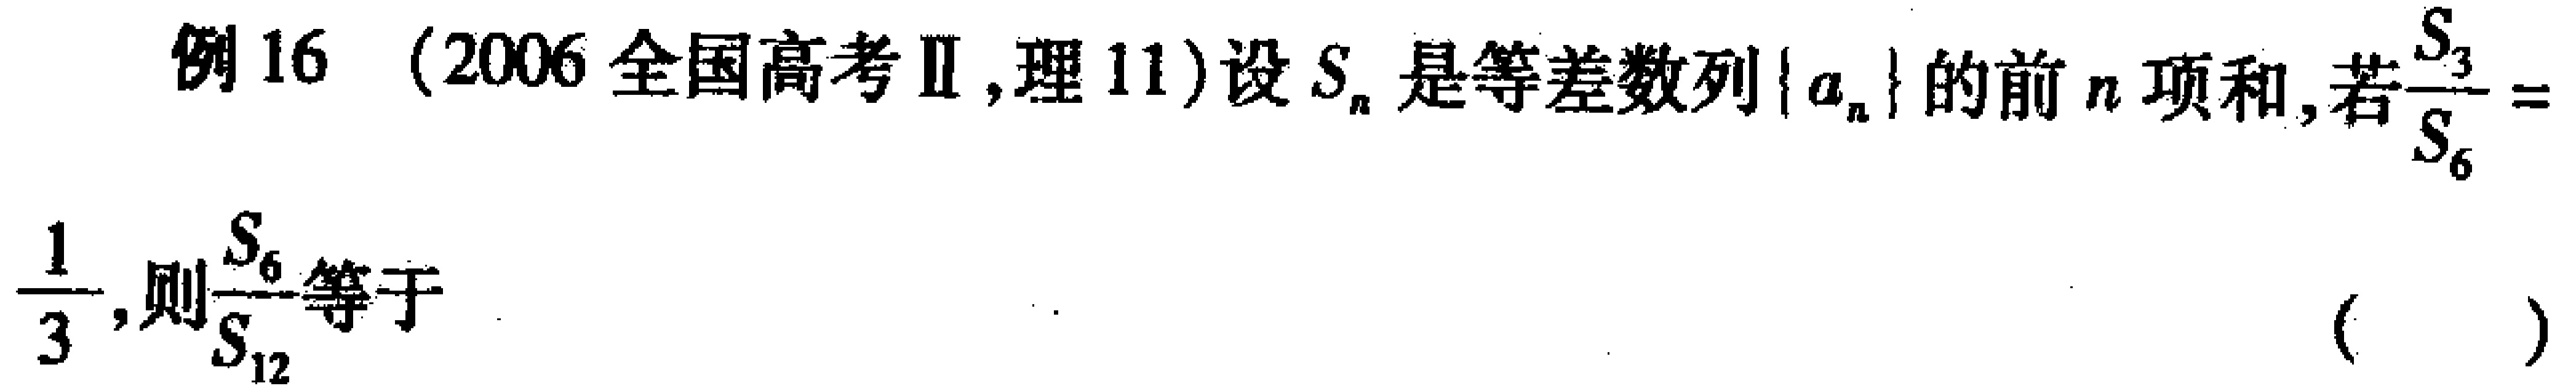
例16 （2006全国高考Ⅱ,理11）设\(S_{n}\)是等差数列\(\{ a_{n}\}\)的前\(n\)项和,若\(\frac{S_{3}}{S_{6}} = \frac{1}{3}\),则\(\frac{S_{6}}{S_{12}}\)等于 （  ）